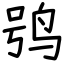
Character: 鸮